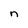
Character: n